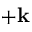
+ \mathbf { k }